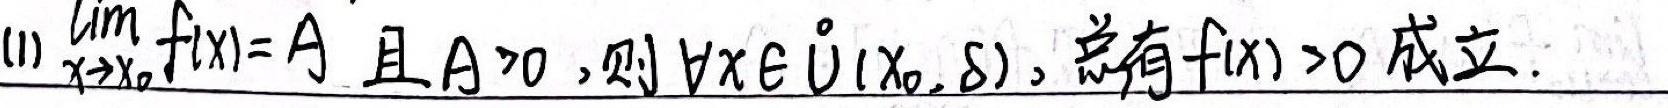
(1) $\lim\limits_{x \to x_{0}} f(x)=A$ 且 $A>0$，则 $\forall x \in \mathring{U}(x_{0},\delta)$，总有 $f(x)>0$ 成立.